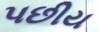
પછીય